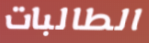
الطالبات